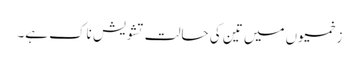
زخمیوں میں تین کی حالت تشویش ناک ہے۔